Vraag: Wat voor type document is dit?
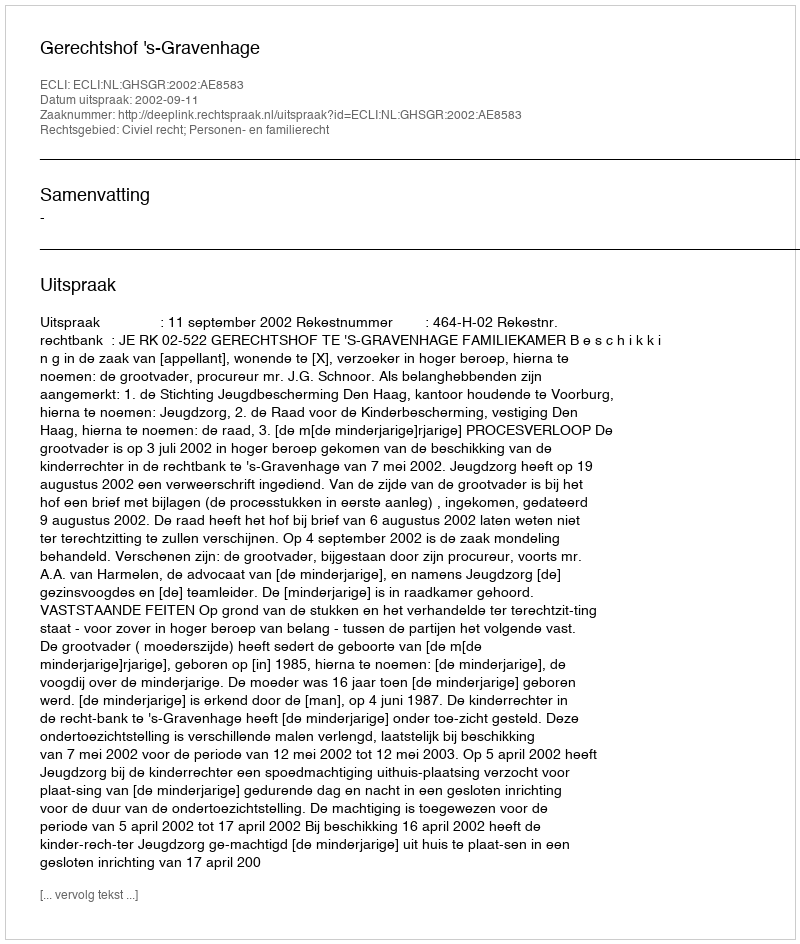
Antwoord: Uitspraak